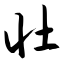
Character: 壮